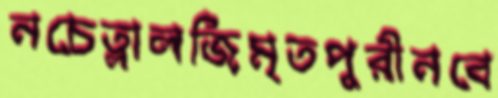
নচেত্লালজিমৃতপুরীনবে